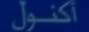
اكنول